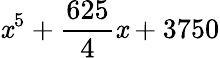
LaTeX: \mathit{x}^{5}+{\frac{{625}}{{4}}}\mathit{x}+3750